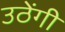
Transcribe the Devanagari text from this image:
उठेंगी